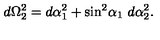
d \Omega _ { 2 } ^ { 2 } = d \alpha _ { 1 } ^ { 2 } + { \sin } ^ { 2 } { \alpha _ { 1 } } \ d \alpha _ { 2 } ^ { 2 } .